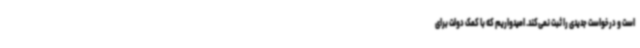
است و درخواست جدیدی را ثبت نمی‌کند. امیدواریم که با کمک دولت برای